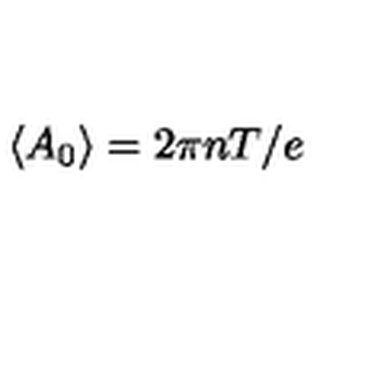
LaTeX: \left\langle A _ { 0 } \right\rangle = { 2 \pi n T } / { e }